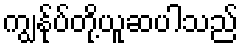
ကျွန်ုပ်တို့ယူဆပါသည်